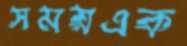
সময়এক